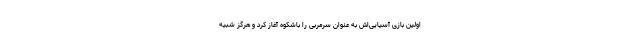
اولین بازی آسیایی‌اش به عنوان سرمربی را باشکوه آغاز کرد و هرگز شبیه